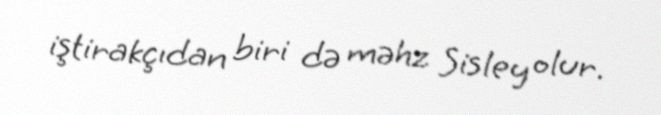
iştirakçıdan biri də məhz Sisley olur.